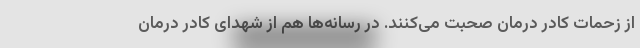
از زحمات کادر درمان صحبت می‌کنند. در رسانه‌ها هم از شهدای کادر درمان